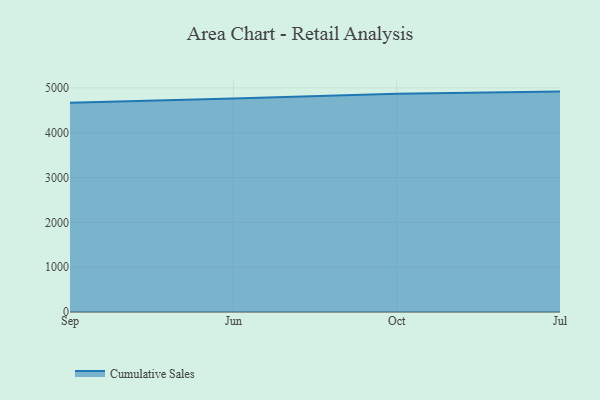
{"axis": {"x": "Month", "y": "Churn Rate (%)"}, "legend": ["Cumulative Sales"], "data": [{"x": "Sep", "y": 4667.2, "type": "Cumulative Sales"}, {"x": "Jun", "y": 4759.7, "type": "Cumulative Sales"}, {"x": "Oct", "y": 4870.4, "type": "Cumulative Sales"}, {"x": "Jul", "y": 4915.6, "type": "Cumulative Sales"}]}